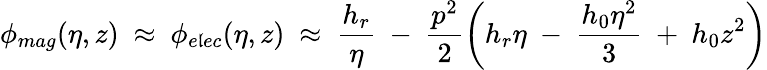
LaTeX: \phi_{mag}(\eta,z)~\approx~\phi_{e\mathfrak{l}ec}(\eta,z)~\approx~\frac{{h_{r}}}{\eta}~-~\frac{{p^{2}}}{{2}}\left(h_{r}\eta~-~\frac{{h_{0}\eta^{2}}}{{3}}~+~h_{0}z^{2}\right)